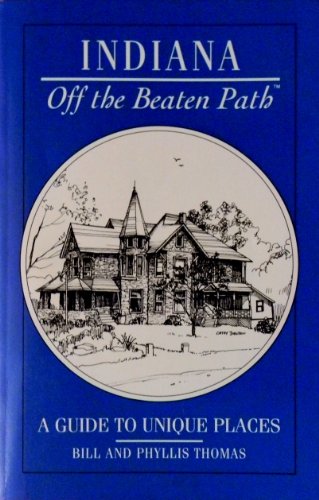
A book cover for Indiana (Insiders Guide: Off the Beaten Path); Bill Thomas; Travel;